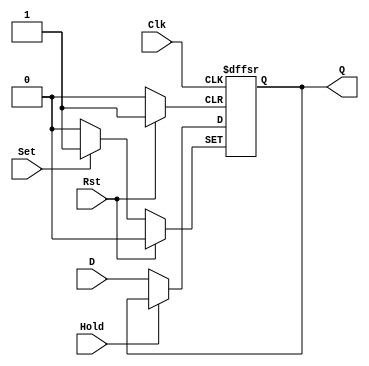
`timescale 1ns / 1ps

module dflipflop(Clk, Hold, Rst, Set, D, Q);

	input D;
	output reg Q;
	input Clk, Hold, Rst, Set;

	always @ (posedge Rst, posedge Set, posedge Clk) begin
		if (Rst == 1)
			Q <= 0;
		else if (Set == 1)
			Q <= 1;
		else if (Hold == 1)
			Q <= Q;
		else
			Q <= D;
	end

endmodule